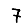
Digit: 7